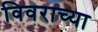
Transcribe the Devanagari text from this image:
विवराच्या